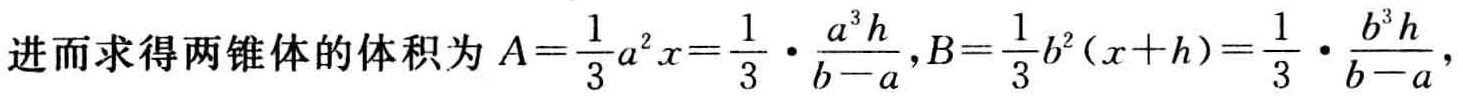
进而求得两锥体的体积为 \(A = \frac{1}{3}a^{2}x=\frac{1}{3}\cdot\frac{a^{3}h}{b - a},B=\frac{1}{3}b^{2}(x + h)=\frac{1}{3}\cdot\frac{b^{3}h}{b - a},\)